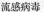
流感病毒